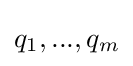
q_{1},...,q_{m}